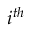
i ^ { t h }